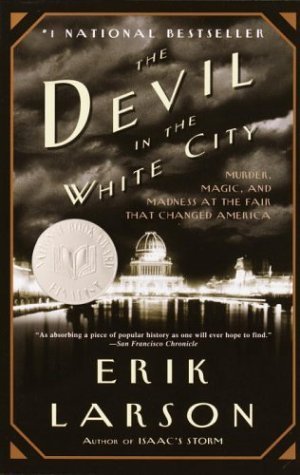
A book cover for The Devil in the White City: Murder, Magic, and Madness at the Fair That Changed America; Erik Larson; Biographies & Memoirs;